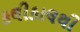
કલીકાલથી